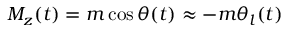
M _ { z } ( t ) = m \cos \theta ( t ) \approx - m \theta _ { l } ( t )